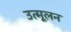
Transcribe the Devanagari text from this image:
उत्मूलन